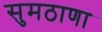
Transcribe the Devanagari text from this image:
सुमठाणा